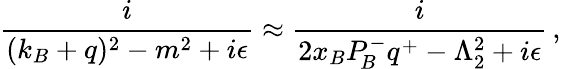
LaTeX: {\frac{i}{(k_{B}+q)^{2}-m^{2}+i\epsilon}}\approx{\frac{i}{2x_{B}P_{\! B}^{-}q^{+}-\Lambda_{2}^{2}+i\epsilon}}\, ,